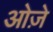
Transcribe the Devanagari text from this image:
ओज़े